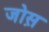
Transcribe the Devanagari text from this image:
जोस़